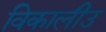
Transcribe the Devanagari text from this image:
विकालीउ